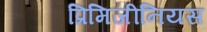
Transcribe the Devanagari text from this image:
प्रिमिजीनियस